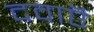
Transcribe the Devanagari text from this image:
दवाऍं